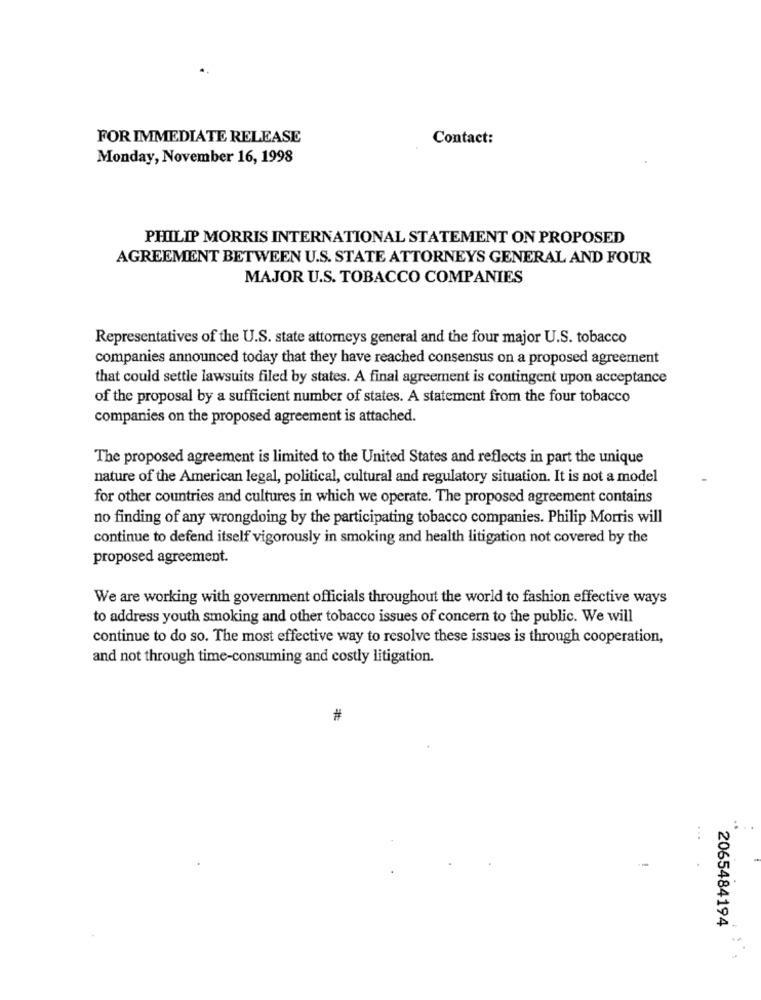
FOR IMMEDIATE RELEASE
Contact:
Monday, November 16, 1998
PHILIP MORRIS INTERNATIONAL STATEMENT ON PROPOSED
AGREEMENT BETWEEN U.S. STATE ATTORNEYS GENERAL AND FOUR
MAJOR U.S. TOBACCO COMPANIES
Representatives of the U.S. state attorneys general and the four major U.S. tobacco
companies announced today that they have reached consensus on a proposed agreement
that could settle lawsuits filed by states. A final agreement is contingent upon acceptance
of the proposal by a sufficient number of states. A statement from the four tobacco
companies on the proposed agreement is attached.
The proposed agreement is limited to the United States and reflects in part the unique
nature of the American legal, political, cultural and regulatory situation. It is not a model
for other countries and cultures in which we operate. The proposed agreement contains
no finding of any wrongdoing by the participating tobacco companies. Philip Morris will
continue to defend itself vigorously in smoking and health litigation not covered by the
proposed agreement.
We are working with government officials throughout the world to fashion effective ways
to address youth smoking and other tobacco issues of concern to the public. We will
continue to do so. The most effective way to resolve these issues is through cooperation,
and not through time-consuming and costly litigation.
#
2065484194